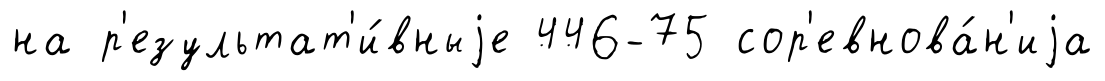
на р'езультат'и́вныjе 446-75 сор'евнова́н'иjа